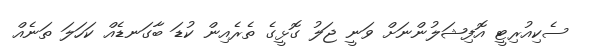
ސެކިއުރިޓީ އޮފިޝަލުންނަށް ވަނީ ޖަލު ގޮޅީގެ ތެރެއިން ކުޑަ ބާގަނޑެއް ކަހަލަ ތަނެއް